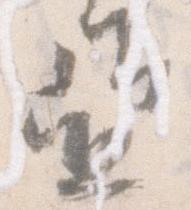
亜